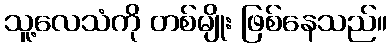
သူ့လေသံကို တစ်မျိုး ဖြစ်နေသည်။